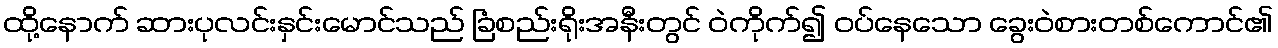
ထို့နောက် ဆားပုလင်းနှင်းမောင်သည် ခြံစည်းရိုးအနီးတွင် ဝဲကိုက်၍ ဝပ်နေသော ခွေးဝဲစားတစ်ကောင်၏